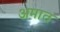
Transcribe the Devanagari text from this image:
अमात